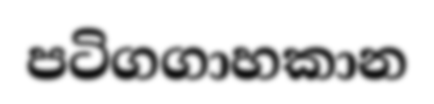
පටිගගාහකාන